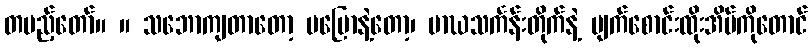
တပည့်တော်။ ။ သဘောကျတာတော့ မပြောနဲ့တော့၊ မာဃသင်္ကန်းတိုက်နဲ့ မျက်စောင်းထိုးအိမ်ကိုတောင်